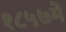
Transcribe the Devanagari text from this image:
१८५७में